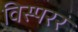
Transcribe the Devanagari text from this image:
विस्परर